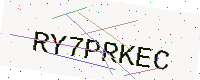
Text: RY7PRKEC